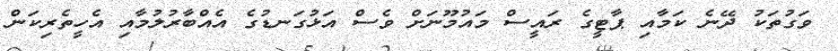
ވަގުތަކު ދޭނެ ކަމާއި ޕާޓީގެ ރައީސް މައުމޫނަށް ވެސް އަޅުގަނޑުގެ އެއްބާރުލުމާއި އެހީތެރިކަން